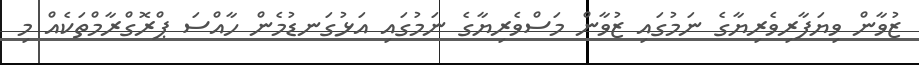
ޒުވާން ވިޔަފާރިވެރިޔާގެ ނަމުގައި ޒުވާން މަސްވެރިޔާގެ ނަމުގައި އަޅުގަނޑުމެން ހާއްސަ ޕްރޮގްރާމްތަކެއް މި